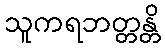
သူကရဘတ္တန္တိ